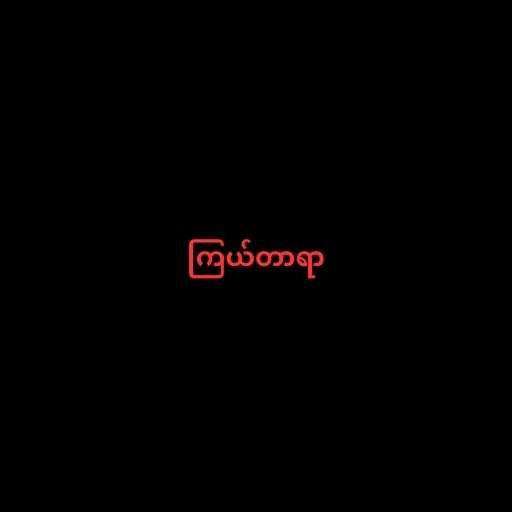
ကြယ်တာရာ